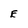
Character: e